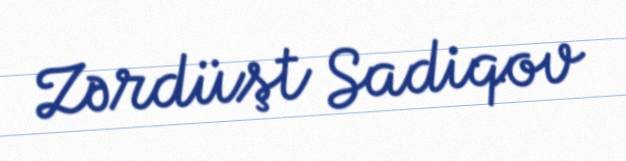
Zərdüşt Sadiqov